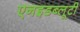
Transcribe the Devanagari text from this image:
एनइडब्लूटी